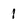
Character: 1